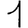
Digit: 1